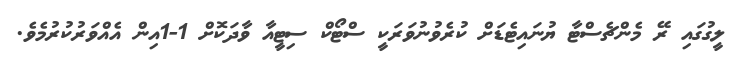
ލީގުގައި ރޭ މެންޗެސްޓާ ޔުނައިޓެޑަށް ކުރެވުނުވަރަކީ ސްޓޯކް ސިޓީއާ ވާދަކޮށް 1-1އިން އެއްވަރުކުރުމެވެ.